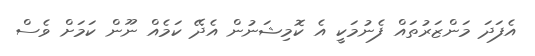
އެފަދަ މަންޒަރުތައް ފެނުމަކީ އެ ކޮމިޝަނުން އެދޭ ކަމެއް ނޫން ކަމަށް ވެސް